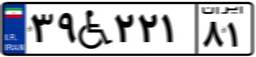
۳۹W۲۲۱۸۱